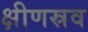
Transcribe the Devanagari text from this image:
क्षीणस्रव